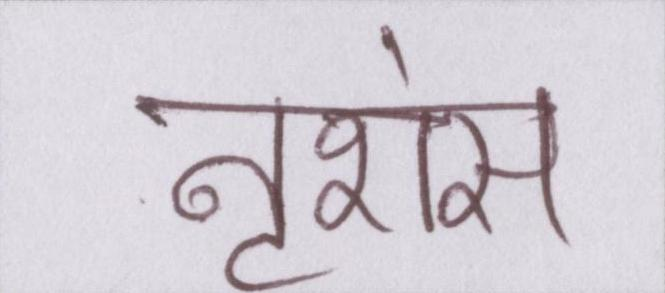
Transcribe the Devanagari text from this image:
नृशंस